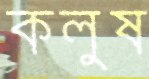
কলুষ